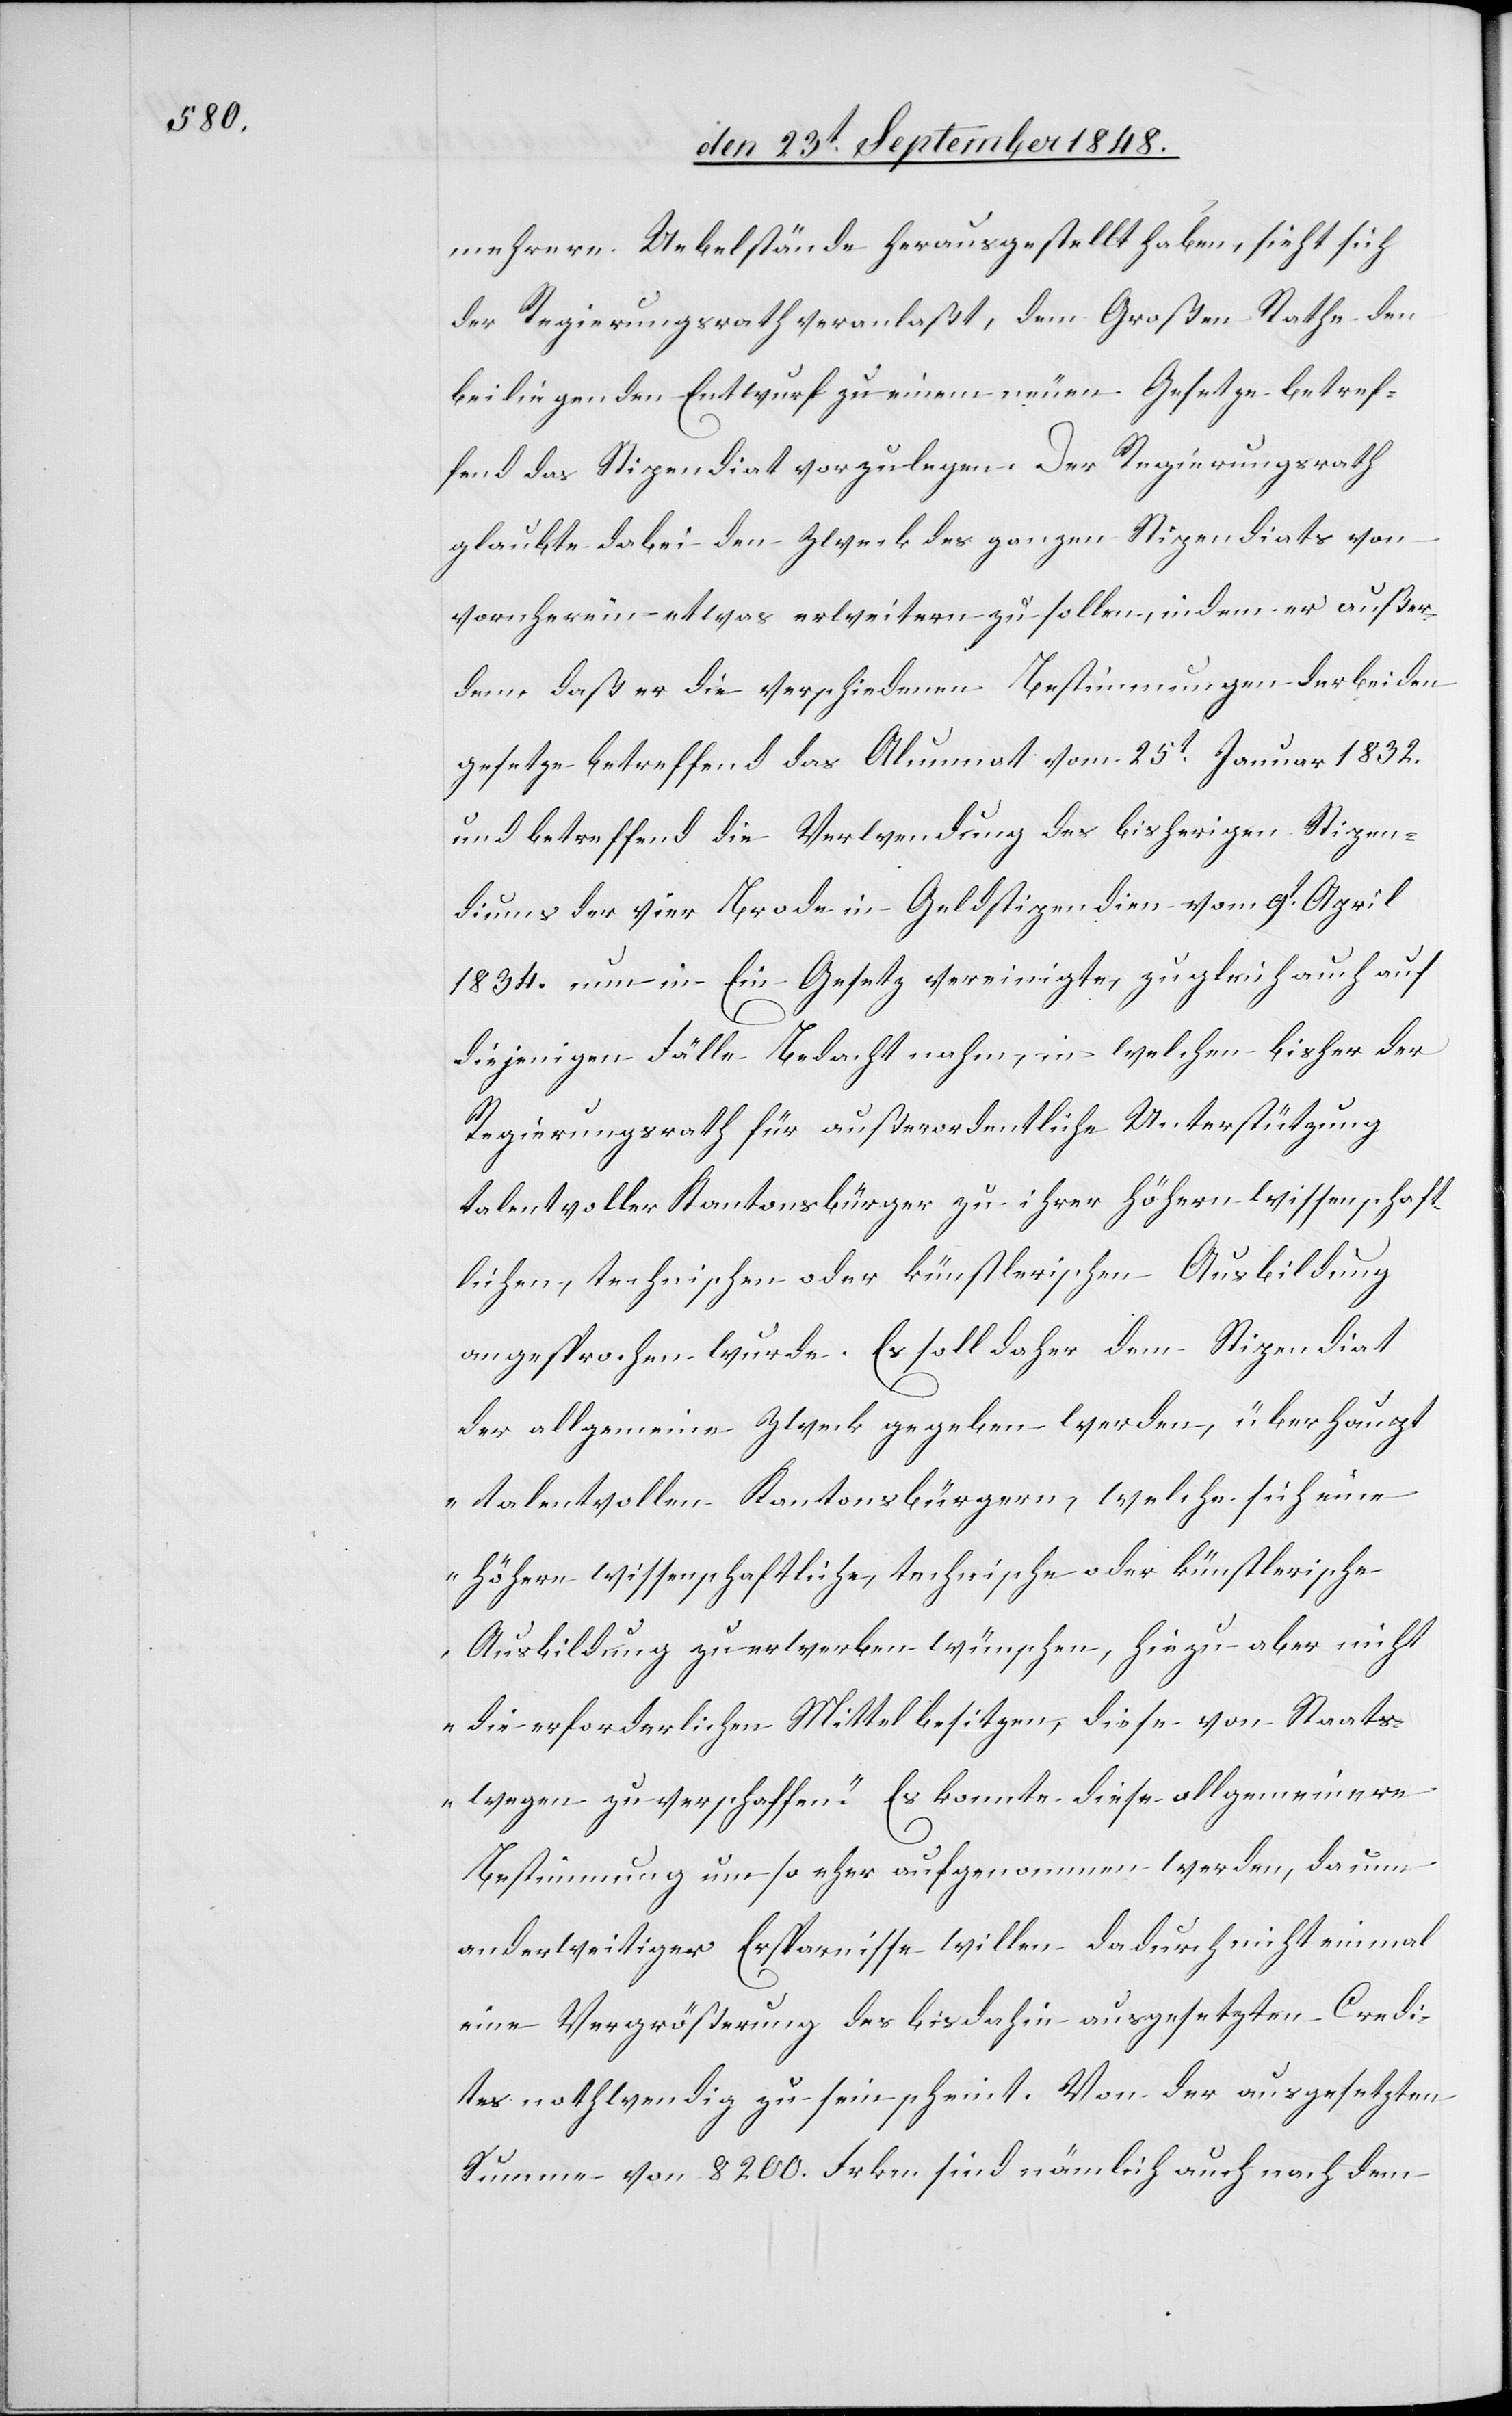
mehrere Uebelstände herausgestellt haben, sieht sich
der Regierungsrath veranlaßt, dem Großen Rathe den
beiliegenden Entwurf zu einem neuen Gesetze betref¬
fend das Stipendiat vorzulegen. Der Regierungsrath
glaubte dabei den Zweck des ganzen Stipendiats von
vornherein etwas erweitern zu sollen, indem er außer¬
dem daß er die verschiedenen Bestimmungen der beiden
und betreffend die Verwendung des bisherigen Stipen¬
diums der vier Brode in Geldstipendien vom 9t April
1834. nun in Ein Gesetz vereinigte, zugleich auch auf
diejenigen Fälle Bedacht nahm, in welchen bisher der
Regierungsrath für außerordentliche Unterstützung
talentvoller Kantonsbürger zu ihrer höhern wissenschaft¬
lichen, technischen oder künstlerischen Ausbildung
angesprochen wurde. Es soll daher dem Stipendiat
der allgemeine Zweck gegeben werden, überhaupt
„talentvollen Kantonsbürgern, welche sich eine
höhere wissenschaftliche, technische oder künstlerische
Ausbildung zu erwerben wünschen, hiezu aber nicht
die erforderlichen Mittel besitzen, diese von Staats¬
wegen zu verschaffen.“ Es konnte diese allgemeinere
Bestimmung um so eher aufgenommen werden, da um
anderweitiger Ersparnisse willen dadurch nicht einmal
eine Vergrößerung des bisdahin ausgesetzten Credi¬
tes nothwendig zu sein scheint. Von der ausgesetzten
Summe von 8200. Frkn. sind nämlich auch nach dem